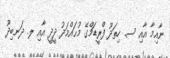
ނާއިމާ އާއި ސ. ހިތަދޫ ފްރީޑަމްގޭ މުޙައްމަދު ދީދީ އާއި ލ. ދަނބިދޫ